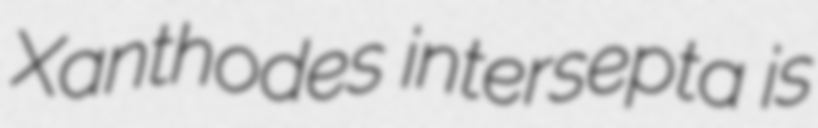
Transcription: Xanthodes intersepta is